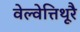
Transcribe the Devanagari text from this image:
वेल्वेत्तिथूरै